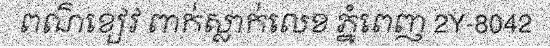
ពណ៌ខៀវ ពាក់ស្លាក់លេខ ភ្នំពេញ 2Y-8042